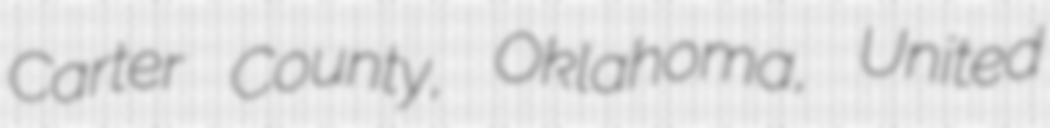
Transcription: Carter County, Oklahoma, United